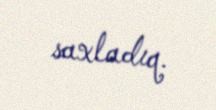
saxladıq.